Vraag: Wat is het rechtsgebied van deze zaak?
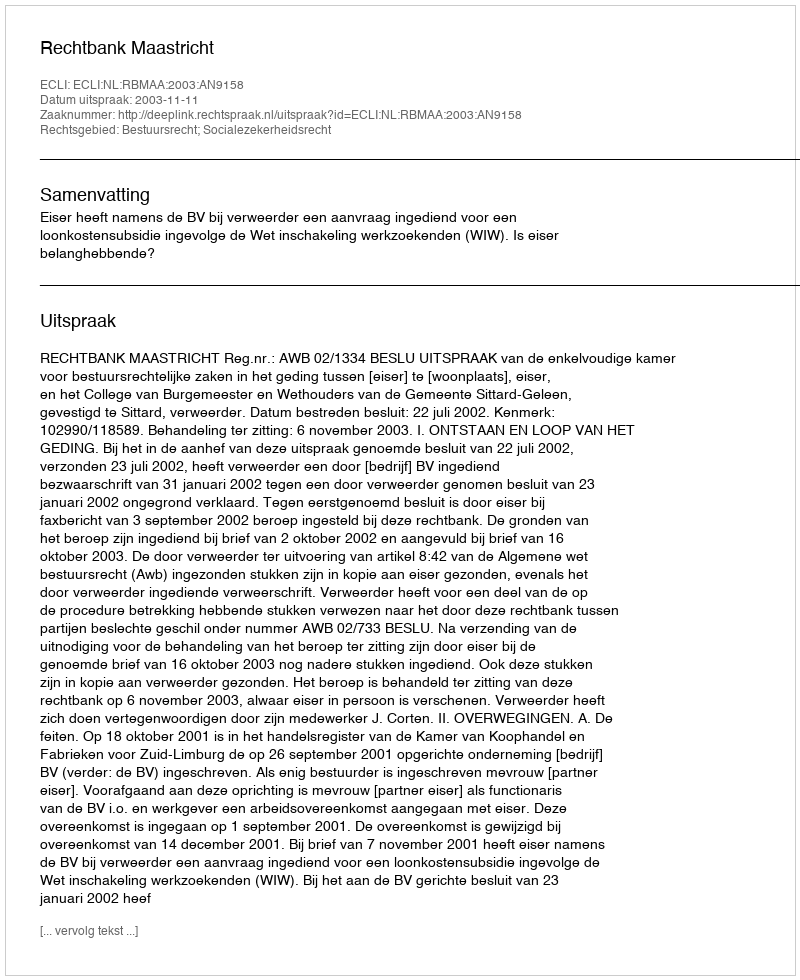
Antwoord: Bestuursrecht; Socialezekerheidsrecht